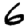
Digit: 6